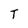
Character: T